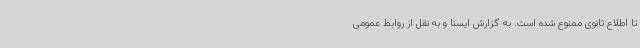
تا اطلاع ثانوی ممنوع شده است. به گزارش ایسنا و به نقل از روابط عمومی